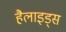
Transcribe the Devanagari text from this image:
हैलाइड्स